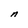
Character: n